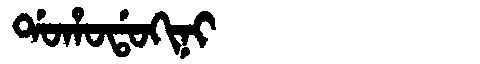
Manchu: ᡩᠣᡥᠣᡩᠣᡴᡳᠨᡳ
Romanization: DOHODOKINI